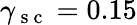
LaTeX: \gamma_{\mathrm{~s~c~}}=0.15